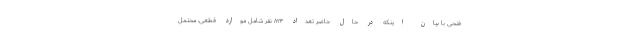
فتحی با بیان اینکه در حال حاضر تعداد ۸۲۴ نفر شامل موارد قطعی، محتمل